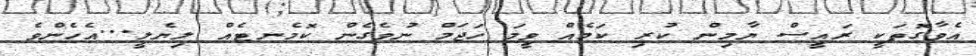
އެވާގޮތަކީ ރައީސް ޔާމިން ކުރި ކަމެއް ވީމަ ހަޖަމް ނުވެގެން ކޮމެނޓެއް ލިޔެލީ...އެހެންވެ